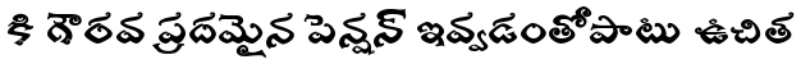
కి గౌరవ ప్రదమైన పెన్షన్ ఇవ్వడంతోపాటు ఉచిత